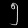
Digit: ၅